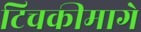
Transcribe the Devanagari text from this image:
टिचकीमागे